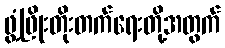
ဖွံ့ဖြိုးတိုးတက်ရေးတို့အတွက်